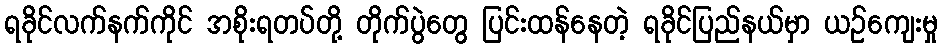
ရခိုင်လက်နက်ကိုင် အစိုးရတပ်တို့ တိုက်ပွဲတွေ ပြင်းထန်နေတဲ့ ရခိုင်ပြည်နယ်မှာ ယဉ်ကျေးမှု